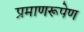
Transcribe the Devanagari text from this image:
प्रमाणरूपेण